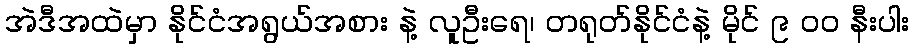
အဲဒီအထဲမှာ နိုင်ငံအရွယ်အစား နဲ့ လူဦးရေ၊ တရုတ်နိုင်ငံနဲ့ မိုင် ၉ ၀၀ နီးပါး